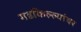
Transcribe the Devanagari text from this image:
गडकिल्ल्यांवर